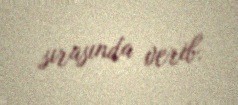
sırasında verib.